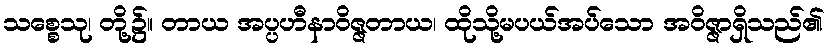
သစ္စေသု၊ တို့၌။ တာယ အပ္ပဟီနာဝိဇ္ဇတာယ၊ ထိုသို့မပယ်အပ်သော အဝိဇ္ဇာရှိသည်၏